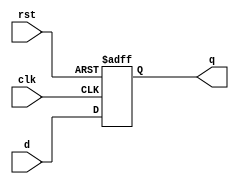
`timescale 1ns / 1ps
//////////////////////////////////////////////////////////////////////////////////
// Company: 
// Engineer: 
// 
// Design Name: 
// Module Name: flipflop
// Project Name: 
// Target Devices: 
// Tool Versions: 
// Description: 
// 
// Dependencies: 
// 
// Revision:
// Revision 0.01 - File Created
// Additional Comments:
// 
//////////////////////////////////////////////////////////////////////////////////


module flipflop(q, clk, rst, d); 
    input clk; 
    input rst; 
    input d; 
    output q; 
    reg q; 
    
    always @(posedge clk or posedge rst)  
        begin 
        if (rst) 
            q = 0; 
        else 
            q = d; 
        end 
endmodule